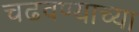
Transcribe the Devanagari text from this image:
चढवण्याच्या